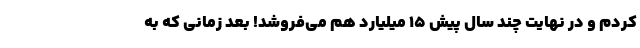
کردم و در نهایت چند سال پیش ۱۵ میلیارد هم می‌فروشد! بعد زمانی که به